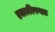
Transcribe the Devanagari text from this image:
एकाकीपणात